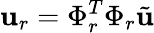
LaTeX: \mathbf{u}_{r}=\Phi_{r}^{T}\Phi_{r}\tilde{\mathbf{u}}